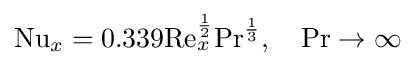
\mathrm {Nu} _{x}=0.339\mathrm {Re} _{x}^{\frac {1}{2}}\mathrm {Pr} ^{\frac {1}{3}},\quad \mathrm {Pr} \to \infty